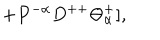
+ P ^ { - \alpha } D ^ { + + } \Theta _ { \alpha } ^ { + } ] ,